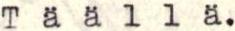
Täällä.